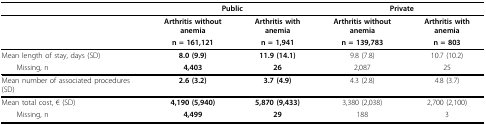
|  | <COLSPAN=2> Public | <COLSPAN=2> Private |
 | --- | --- | --- | --- | --- |
 |  | Arthritis without anemia | Arthritis with anemia | Arthritis without anemia | Arthritis with anemia |
 |  | n = 161,121 | n = 1,941 | n = 139,783 | n = 803 |
 | Mean length of stay, days (SD) | 8.0 (9.9) | 11.9 (14.1) | 9.8 (7.8) | 10.7 (10.2) |
 | Missing, n | 4,403 | 26 | 2,087 | 25 |
 | Mean number of associated procedures (SD) | 2.6 (3.2) | 3.7 (4.9) | 4.3 (2.8) | 4.8 (3.7) |
 | Mean total cost, € (SD) | 4,190 (5,940) | 5,870 (9,433) | 3,380 (2,038) | 2,700 (2,100) |
 | Missing, n | 4,499 | 29 | 188 | 3 |